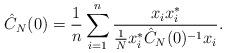
LaTeX: \begin{align*}\hat{C}_N(0)=\frac1n\sum_{i=1}^n \frac{x_ix_i^*}{\frac1Nx_i^*\hat{C}_N(0)^{-1}x_i}.\end{align*}